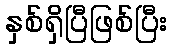
နှစ်ရှိပြီဖြစ်ပြီး